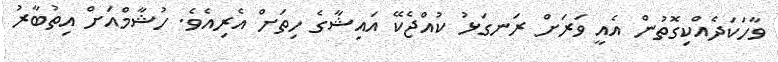
ވާހަކަދެއްކިގޮތުން އެއީ ވަރަށް ރަނގަޅު ކުއްޖެކޭ އައިޝާގެ ހިތަށް އެރިއެވެ. ހުޝާމްއަށް އިތުބާރު